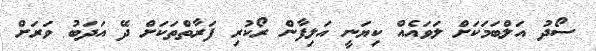
ސޯދު އަލްބަމަކަށް ލަވައެއް ކިޔަނީ އަލިފާން ރޯކުރި ފަރާތްތަކަށް ދޭ އަދަބު ވަރަށް